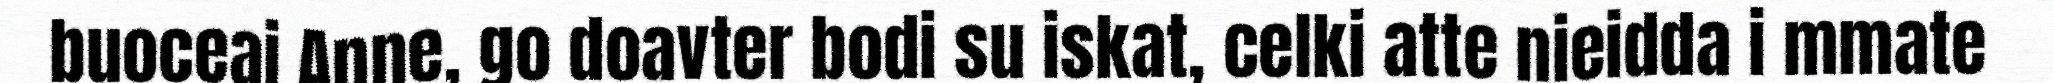
buoceai Anne, go doavter bodi su iskat, celki atte nieidda i mmate